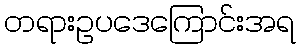
တရားဥပဒေကြောင်းအရ